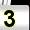
Digit: 3